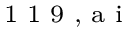
^ \textrm { \scriptsize 1 1 9 , a i }